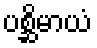
ပစ္ဆိမာယံ